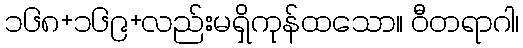
၁၆၈+၁၆၉+လည်းမရှိကုန်ထသော။ ဝီတရာဂါ၊